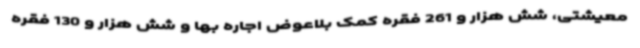
معیشتی، شش هزار و 261 فقره کمک بلاعوض اجاره بها و شش هزار و 130 فقره